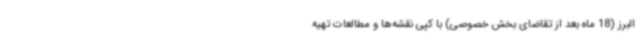
البرز (18 ماه بعد از تقاضای بخش خصوصی) با کپی نقشه‌ها و مطالعات تهیه